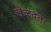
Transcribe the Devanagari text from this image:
खेळवता